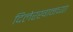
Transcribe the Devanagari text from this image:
दिलेरखानच्या